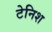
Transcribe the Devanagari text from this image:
टेनिश